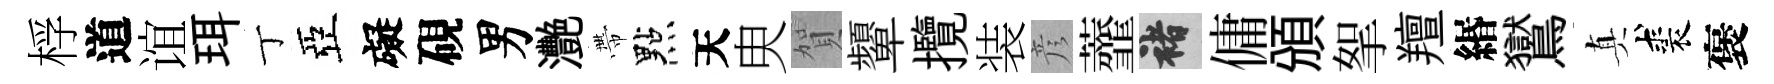
桴道谊珥丁亞礙硯男灧帶點天㬰賀顰攬装彦虀褚傭頒挐羶緡鸑真裘褒